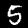
Digit: 5